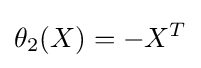
\theta _{2}(X)=-X^{T}